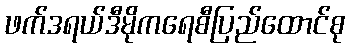
ဖက်ဒရယ်ဒီမိုကရေစီပြည်ထောင်စု